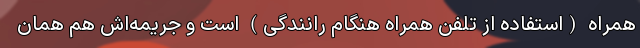
همراه (استفاده از تلفن همراه هنگام رانندگی) است و جریمه‌اش هم همان